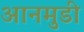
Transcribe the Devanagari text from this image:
आनमुडी